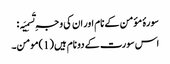
سورۂ مؤمن کے نام اور ان کی وجہِ تَسمِیَہ :
اس سورت کے دو نام ہیں (1)مومن۔